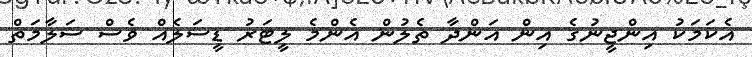
އެކަމަކު އިންޖީނުގެ އިން އަންދާ ތެލުން އެންމެ ލީޓަރު ޑީސަލެއް ވެސް ސަލާމަތް